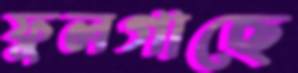
ফুলগাছে